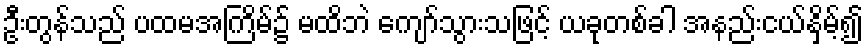
ဦးတွန်သည် ပထမအကြိမ်၌ မထိဘဲ ကျော်သွားသဖြင့် ယခုတစ်ခါ အနည်းငယ်နှိမ့်၍